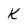
Character: k